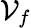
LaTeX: {\cal{V}}_{f}